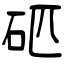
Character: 𥐵